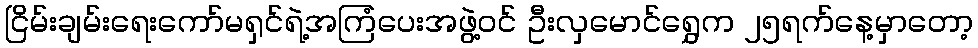
ငြိမ်းချမ်းရေးကော်မရှင်ရဲ့အကြံပေးအဖွဲ့ဝင် ဦးလှမောင်ရွှေက ၂၅ရက်နေ့မှာတော့